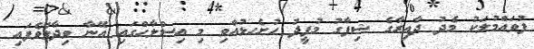
ފުވައްމުލަކު މެދު ދާއިރާގެ ޝިފާގު މުފީދު ހުށެހޅުއްވި މި އިސްލާހްގައި އޭނާ ވިދާޅުވެފައި